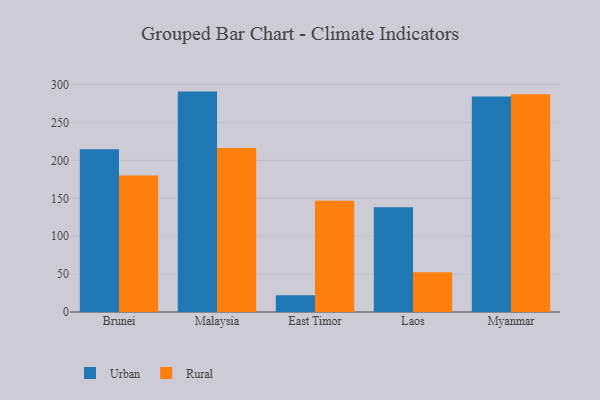
{"axis": {"x": "Country", "y": "Market Share (%)"}, "legend": ["Rural", "Urban"], "data": [{"x": "Brunei", "y": 214.9, "type": "Urban"}, {"x": "Brunei", "y": 180.0, "type": "Rural"}, {"x": "Malaysia", "y": 290.8, "type": "Urban"}, {"x": "Malaysia", "y": 216.3, "type": "Rural"}, {"x": "East Timor", "y": 22.2, "type": "Urban"}, {"x": "East Timor", "y": 146.9, "type": "Rural"}, {"x": "Laos", "y": 138.2, "type": "Urban"}, {"x": "Laos", "y": 52.4, "type": "Rural"}, {"x": "Myanmar", "y": 284.2, "type": "Urban"}, {"x": "Myanmar", "y": 287.2, "type": "Rural"}]}